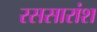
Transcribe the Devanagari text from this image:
रससारांश